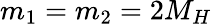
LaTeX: m_{1}=m_{2}=2M_{H}